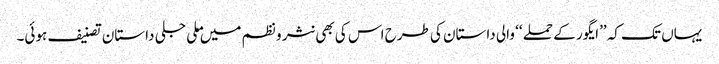
یہاں تک کہ ’’ایگور کے حملے ‘‘ والی داستان کی طرح اس کی بھی نثر و نظم میں ملی جلی داستان تصنیف ہوئی۔